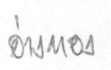
อ่างทอง